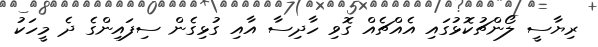
ރިޔާސީ ލޯންޗުކޮޅުގައި އެއްޗެއް ގޮވި ހާދިސާ އާއި ގުޅިގެން ސިފައިންގެ ދެ މީހަކު